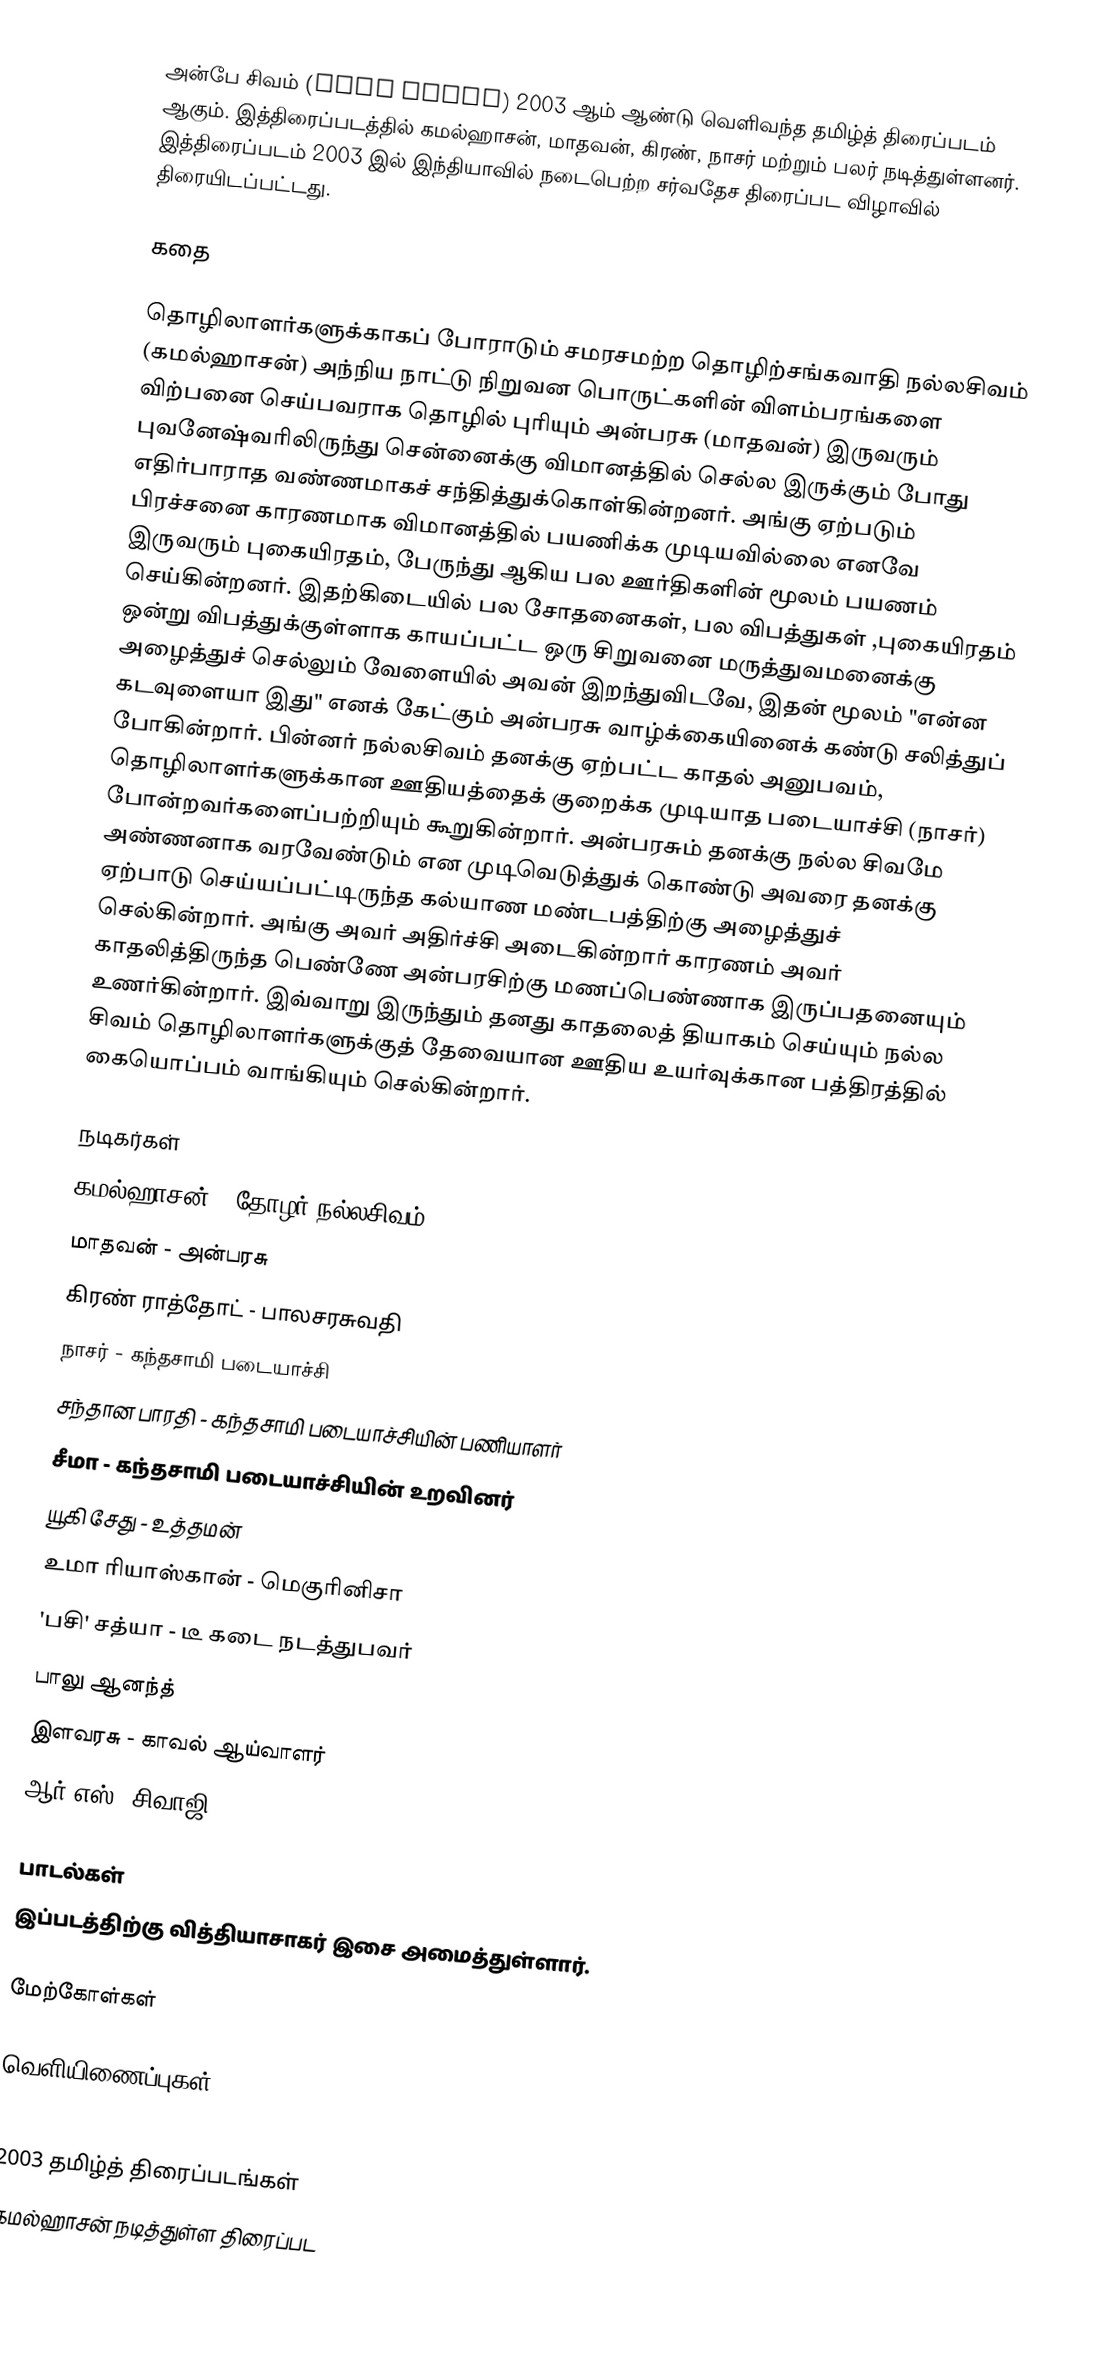
அன்பே சிவம் (Anbe Sivam) 2003 ஆம் ஆண்டு வெளிவந்த தமிழ்த் திரைப்படம் ஆகும். இத்திரைப்படத்தில் கமல்ஹாசன், மாதவன், கிரண், நாசர் மற்றும் பலர் நடித்துள்ளனர். இத்திரைப்படம் 2003 இல் இந்தியாவில் நடைபெற்ற சர்வதேச திரைப்பட விழாவில் திரையிடப்பட்டது.

கதை

தொழிலாளர்களுக்காகப் போராடும் சமரசமற்ற தொழிற்சங்கவாதி  நல்லசிவம் (கமல்ஹாசன்) அந்நிய நாட்டு நிறுவன பொருட்களின் விளம்பரங்களை விற்பனை செய்பவராக தொழில் புரியும் அன்பரசு (மாதவன்) இருவரும் புவனேஷ்வரிலிருந்து சென்னைக்கு விமானத்தில் செல்ல இருக்கும் போது எதிர்பாராத வண்ணமாகச் சந்தித்துக்கொள்கின்றனர். அங்கு ஏற்படும் பிரச்சனை காரணமாக விமானத்தில் பயணிக்க முடியவில்லை எனவே இருவரும் புகையிரதம், பேருந்து ஆகிய பல ஊர்திகளின் மூலம் பயணம் செய்கின்றனர். இதற்கிடையில் பல சோதனைகள், பல விபத்துகள் ,புகையிரதம் ஒன்று விபத்துக்குள்ளாக காயப்பட்ட ஒரு சிறுவனை மருத்துவமனைக்கு அழைத்துச் செல்லும் வேளையில் அவன் இறந்துவிடவே, இதன் மூலம் "என்ன கடவுளையா இது" எனக் கேட்கும் அன்பரசு வாழ்க்கையினைக் கண்டு சலித்துப் போகின்றார். பின்னர் நல்லசிவம் தனக்கு ஏற்பட்ட காதல் அனுபவம், தொழிலாளர்களுக்கான ஊதியத்தைக் குறைக்க முடியாத படையாச்சி (நாசர்) போன்றவர்களைப்பற்றியும் கூறுகின்றார். அன்பரசும் தனக்கு நல்ல சிவமே அண்ணனாக வரவேண்டும் என முடிவெடுத்துக் கொண்டு அவரை தனக்கு ஏற்பாடு செய்யப்பட்டிருந்த கல்யாண மண்டபத்திற்கு அழைத்துச் செல்கின்றார். அங்கு அவர் அதிர்ச்சி அடைகின்றார் காரணம் அவர் காதலித்திருந்த பெண்ணே அன்பரசிற்கு மணப்பெண்ணாக இருப்பதனையும் உணர்கின்றார். இவ்வாறு இருந்தும் தனது காதலைத் தியாகம் செய்யும் நல்ல சிவம் தொழிலாளர்களுக்குத் தேவையான ஊதிய உயர்வுக்கான பத்திரத்தில் கையொப்பம் வாங்கியும் செல்கின்றார்.

நடிகர்கள்
 கமல்ஹாசன் - தோழர்.நல்லசிவம்
 மாதவன் - அன்பரசு
 கிரண் ராத்தோட் - பாலசரசுவதி
 நாசர் - கந்தசாமி படையாச்சி
 சந்தான பாரதி - கந்தசாமி படையாச்சியின் பணியாளர்
 சீமா - கந்தசாமி படையாச்சியின் உறவினர்
 யூகி சேது - உத்தமன்
 உமா ரியாஸ்கான் - மெகுரினிசா
 'பசி' சத்யா - டீ கடை நடத்துபவர்
 பாலு ஆனந்த்
 இளவரசு - காவல் ஆய்வாளர்
 ஆர்.எஸ். சிவாஜி

பாடல்கள்
இப்படத்திற்கு வித்தியாசாகர் இசை அமைத்துள்ளார்.

மேற்கோள்கள்

வெளியிணைப்புகள்

2003 தமிழ்த் திரைப்படங்கள்
கமல்ஹாசன் நடித்துள்ள திரைப்பட